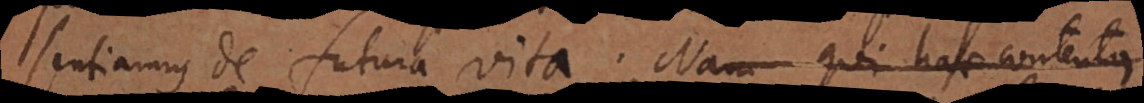
sentiamus de futura vita. Nam qui hac contentus